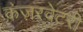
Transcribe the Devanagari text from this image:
कंज़रवेटरी